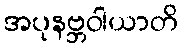
အပုနဗ္ဘဝါယာတိ